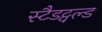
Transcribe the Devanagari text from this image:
स्टैडट्वल्ड